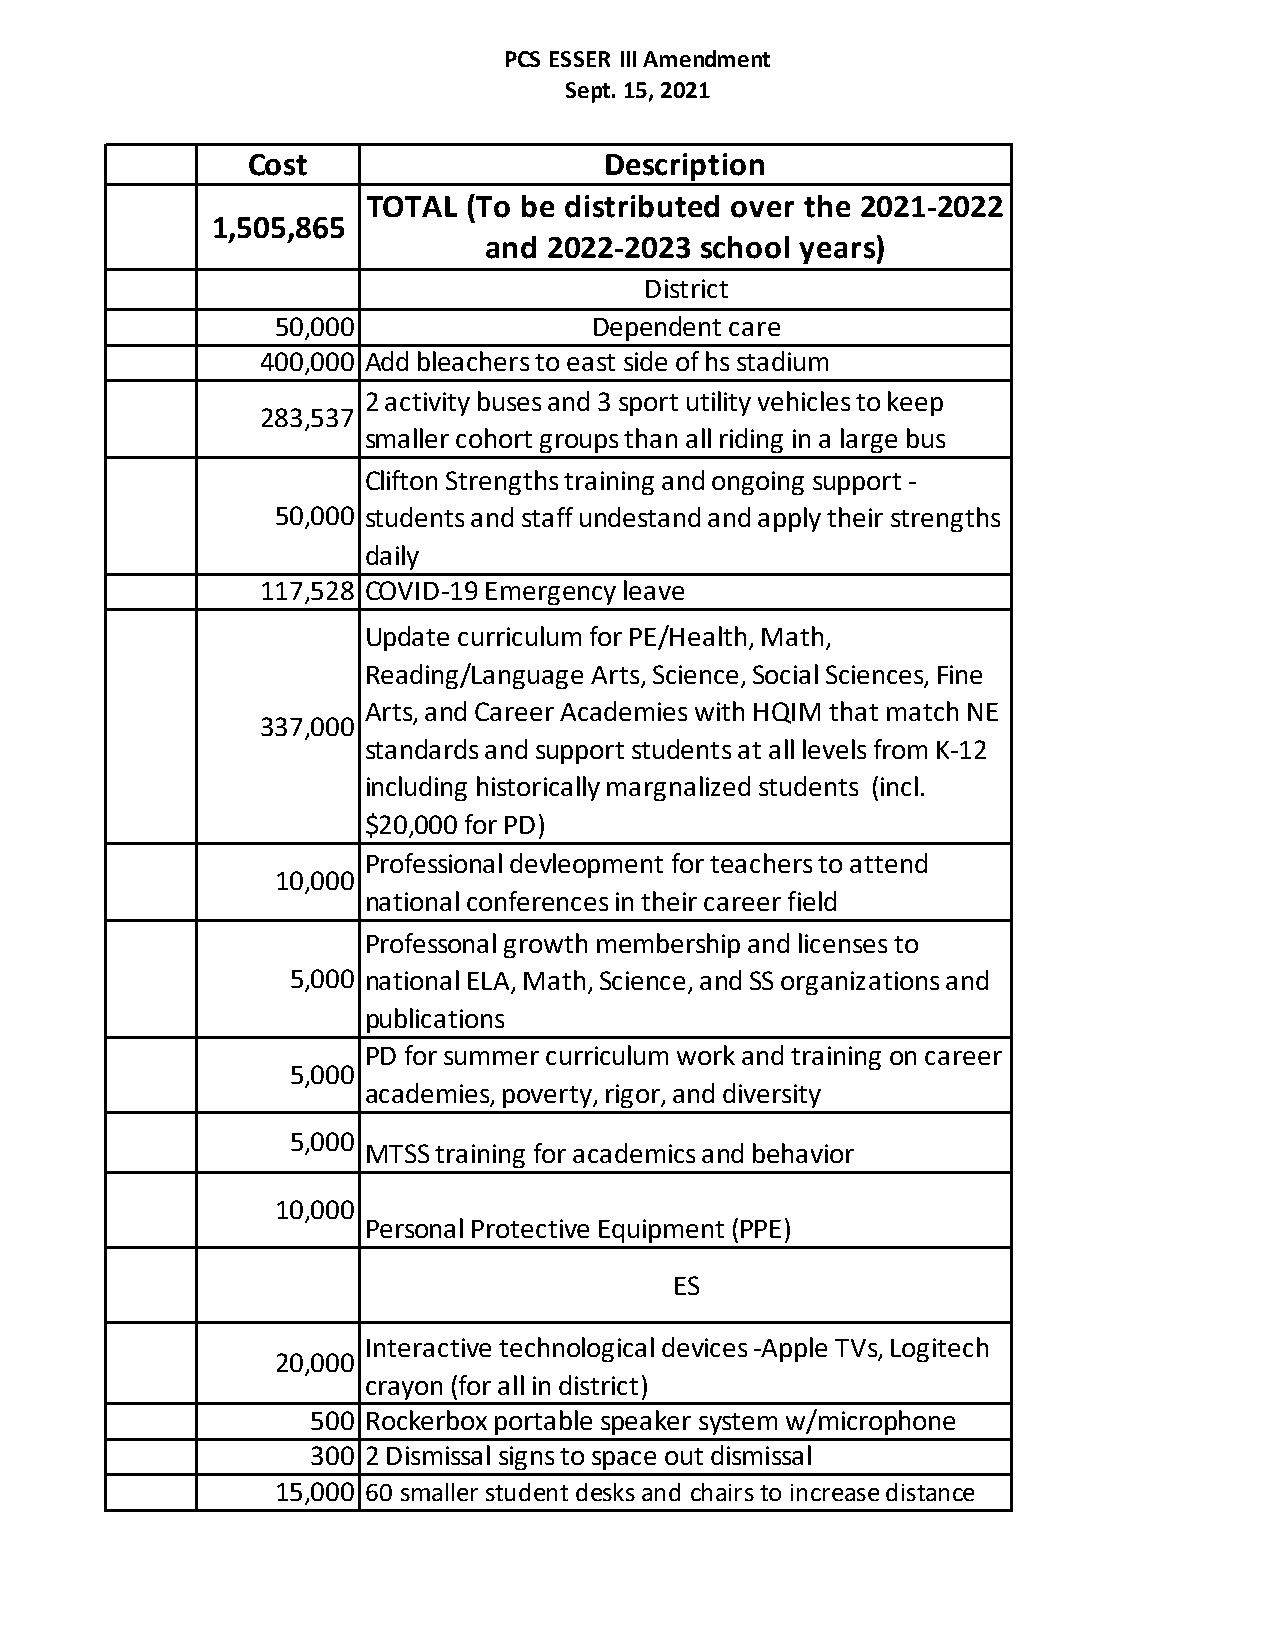
PCS ESSER III Amendment
 Sept. 15, 2021
 Cost                    Description
 TOTAL  (To be distributed over the 2021-2022
 1,505,865
 and 2022-2023 school years)
 District
 50,000               Dependent care
 400,000 Add bleachers to east side of hs stadium
 2 activity buses and 3 sport utility vehicles to keep
 283,537
 smaller cohort groups than all riding in a large bus
 Clifton Strengths training and ongoing support -
 50,000 students and staff undestand and apply their strengths
 daily
 117,528 COVID-19 Emergency leave
 Update curriculum for PE/Health, Math,
 Reading/Language Arts, Science, Social Sciences, Fine
 Arts, and Career Academies with HQIM that match NE
 337,000
 standards and support students at all levels from K-12
 including historically margnalized students (incl.
 $20,000 for PD)
 Professional devleopment for teachers to attend
 10,000
 national conferences in their career field
 Professonal growth membership and licenses to
 5,000 national ELA, Math, Science, and SS organizations and
 publications
 PD for summer curriculum work and training on career
 5,000
 academies, poverty, rigor, and diversity
 5,000
 MTSS training for academics and behavior
 10,000
 Personal Protective Equipment (PPE)
 ES
 Interactive technological devices -Apple TVs, Logitech
 20,000
 crayon (for all in district)
 500 Rockerbox portable speaker system w/microphone
 300 2 Dismissal signs to space out dismissal
 15,000 60 smaller student desks and chairs to increase distance